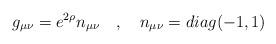
LaTeX: \begin{align*}g_{\mu\nu}=e^{2\rho}n_{\mu\nu} \quad , \quad n_{\mu\nu}=diag(-1,1)\end{align*}